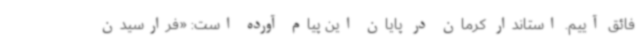
فائق آییم. استاندار کرمان در پایان این پیام آورده است: «فرارسیدن